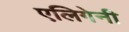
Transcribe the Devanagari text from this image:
एलिगेनी